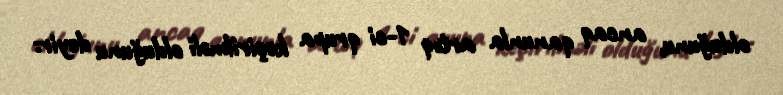
olduğunu, ancaq qanunla artıq 1-ci qrupa keçirilməli olduğunu deyir: